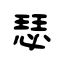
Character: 瑟